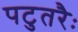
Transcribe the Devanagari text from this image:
पटुतरैः